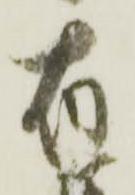
有